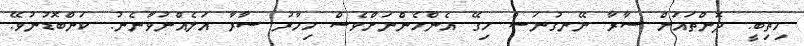
މިތިބީ. ދޮންތައަށް ސާރާ ނޭނގުނަސް މިގޭ އެންމެންނަށްވެސް މިހާރު ސާރާ އަލެއްނުވާނެނު. ކަންބޮޑުނުވޭ.